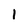
Character: l